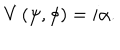
V \left( \psi , \phi \right) = i \alpha .